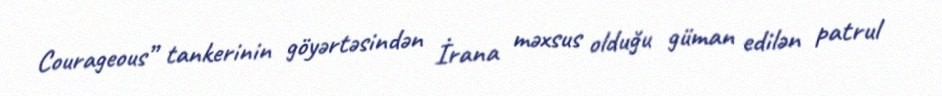
Courageous” tankerinin göyərtəsindən İrana məxsus olduğu güman edilən patrul